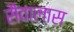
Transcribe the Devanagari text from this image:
सैवालास